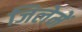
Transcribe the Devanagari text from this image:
जिलेमें